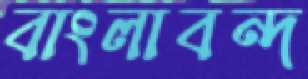
বাংলাবন্দ